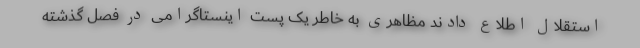
استقلال اطلاع دادند مظاهری به خاطر یک پست اینستاگرامی در فصل گذشته